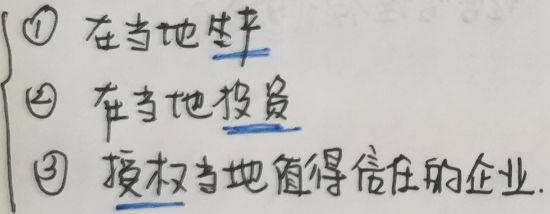
\begin{enumerate}
    \item 在当地生产
    \item 在当地投资
    \item 授权当地值得信任的企业
\end{enumerate}